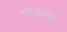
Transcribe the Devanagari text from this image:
मंगळारा